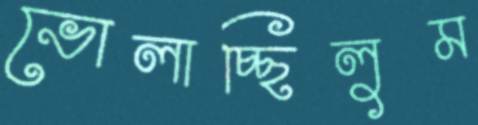
ভোলাচ্ছিলুম